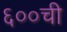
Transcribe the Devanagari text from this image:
६००ची